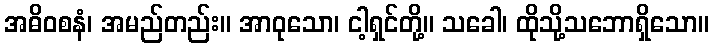
အဓိဝစနံ၊ အမည်တည်း။ အာဝုသော၊ ငါ့ရှင်တို့။ သခေါ၊ ထိုသို့သဘောရှိသော။